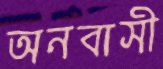
অনবাসী